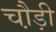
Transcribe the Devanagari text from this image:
चौ़ड़ी